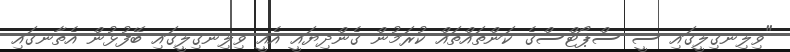
"ވިލިނގިލީގައި ސީ ސްޕޯޓްސްގެ ކަންތައްތައް ކުރަމުން ގެންދިޔައީ އެއީ ވިލިނގިލީގައި ބޭފުޅުން އެތާނގައި